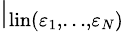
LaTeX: \mid_{\mathrm{lin}(\varepsilon_{1},\ldots,\varepsilon_{N})}